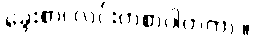
ခွေးစာ၊ လင်းတစာပါတကာ:။